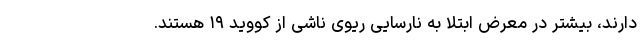
دارند، بیشتر در معرض ابتلا به نارسایی ریوی ناشی از کووید ۱۹ هستند.